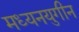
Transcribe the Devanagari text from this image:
मध्यनयुगीन